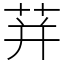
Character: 荓